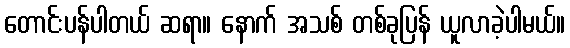
တောင်းပန်ပါတယ် ဆရာ။ နောက် အသစ် တစ်ခုပြန် ယူလာခဲ့ပါမယ်။